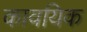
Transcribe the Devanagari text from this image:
कावयिक